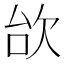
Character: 㰧